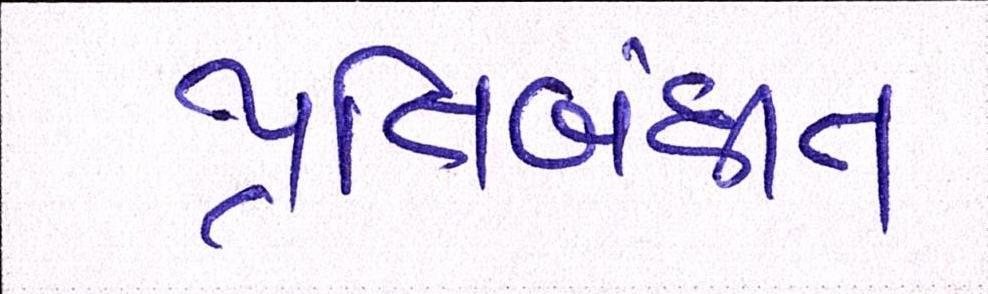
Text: પ્રતિબંધીત